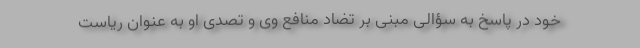
خود در پاسخ به سؤالی مبنی بر تضاد منافع وی و تصدی او به عنوان ریاست